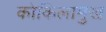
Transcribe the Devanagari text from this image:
कोकिलामुख